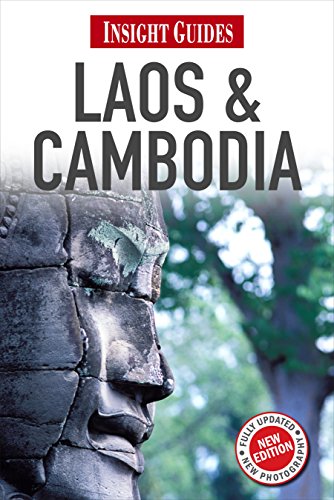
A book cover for Laos & Cambodia (Insight Guides); Adam Bray; Travel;